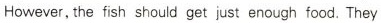
However,the fish should get just enough food.They